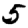
Digit: 5